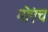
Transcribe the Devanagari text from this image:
मोएंच